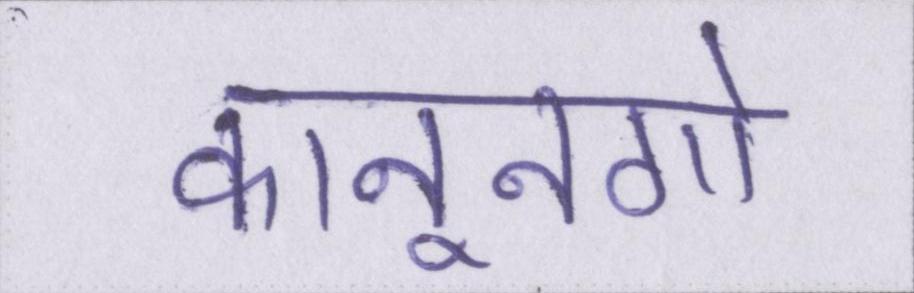
कानूनगो